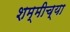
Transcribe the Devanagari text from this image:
शम्मीच्या